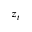
z _ { t }